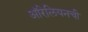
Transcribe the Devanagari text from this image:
ऑरेलियनची